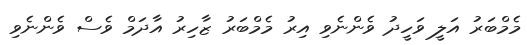
މެމްބަރު އަލީ ވަހީދު ވެންނެވި އިރު މެމްބަރު ޒާހިރު އާދަމް ވެސް ވެންނެވި